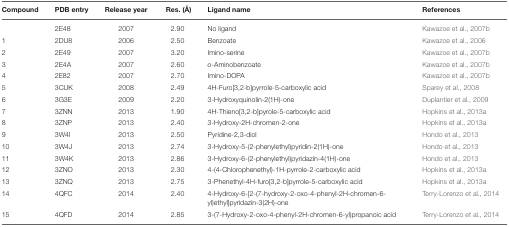
<table><thead><tr><td><b>Compound</b></td><td><b>PDB entry</b></td><td><b>Release year</b></td><td><b>Res. (Å)</b></td><td><b>Ligand name</b></td><td><b>References</b></td></tr></thead><tbody><tr><td></td><td>2E48</td><td>2007</td><td>2.90</td><td>No ligand</td><td>Kawazoe et al., 2007b</td></tr><tr><td>1</td><td>2DU8</td><td>2006</td><td>2.50</td><td>Benzoate</td><td>Kawazoe et al., 2006</td></tr><tr><td>2</td><td>2E49</td><td>2007</td><td>3.20</td><td>Imino-serine</td><td>Kawazoe et al., 2007b</td></tr><tr><td>3</td><td>2E4A</td><td>2007</td><td>2.60</td><td><i>o</i>-Aminobenzoate</td><td>Kawazoe et al., 2007b</td></tr><tr><td>4</td><td>2E82</td><td>2007</td><td>2.70</td><td>Imino-DOPA</td><td>Kawazoe et al., 2007b</td></tr><tr><td>5</td><td>3CUK</td><td>2008</td><td>2.49</td><td>4H-Furo[3,2-b]pyrrole-5-carboxylic acid</td><td>Sparey et al., 2008</td></tr><tr><td>6</td><td>3G3E</td><td>2009</td><td>2.20</td><td>3-Hydroxyquinolin-2(1H)-one</td><td>Duplantier et al., 2009</td></tr><tr><td>7</td><td>3ZNN</td><td>2013</td><td>1.90</td><td>4H-Thieno[3,2-b]pyrole-5-carboxylic acid</td><td>Hopkins et al., 2013a</td></tr><tr><td>8</td><td>3ZNP</td><td>2013</td><td>2.40</td><td>3-Hydroxy-2H-chromen-2-one</td><td>Hopkins et al., 2013a</td></tr><tr><td>9</td><td>3W4I</td><td>2013</td><td>2.50</td><td>Pyridine-2,3-diol</td><td>Hondo et al., 2013</td></tr><tr><td>10</td><td>3W4J</td><td>2013</td><td>2.74</td><td>3-Hydroxy-5-(2-phenylethyl)pyridin-2(1H)-one</td><td>Hondo et al., 2013</td></tr><tr><td>11</td><td>3W4K</td><td>2013</td><td>2.86</td><td>3-Hydroxy-6-(2-phenylethyl)pyridazin-4(1H)-one</td><td>Hondo et al., 2013</td></tr><tr><td>12</td><td>3ZNO</td><td>2013</td><td>2.30</td><td>4-(4-Chlorophenethyl)-1H-pyrrole-2-carboxylic acid</td><td>Hopkins et al., 2013a</td></tr><tr><td>13</td><td>3ZNQ</td><td>2013</td><td>2.75</td><td>3-Phenethyl-4H-furo[3,2-b]pyrrole-5-carboxylic acid</td><td>Hopkins et al., 2013a</td></tr><tr><td>14</td><td>4QFC</td><td>2014</td><td>2.40</td><td>4-Hydroxy-6-[2-(7-hydroxy-2-oxo-4-phenyl-2H-chromen-6-yl)ethyl]pyridazin-3(2H)-one</td><td>Terry-Lorenzo et al., 2014</td></tr><tr><td>15</td><td>4QFD</td><td>2014</td><td>2.85</td><td>3-(7-Hydroxy-2-oxo-4-phenyl-2H-chromen-6-yl)propanoic acid</td><td>Terry-Lorenzo et al., 2014</td></tr></tbody></table>